Annual report on the working of the mental hospitals in the Madras Presidency - 1912-1932
Year: 1912
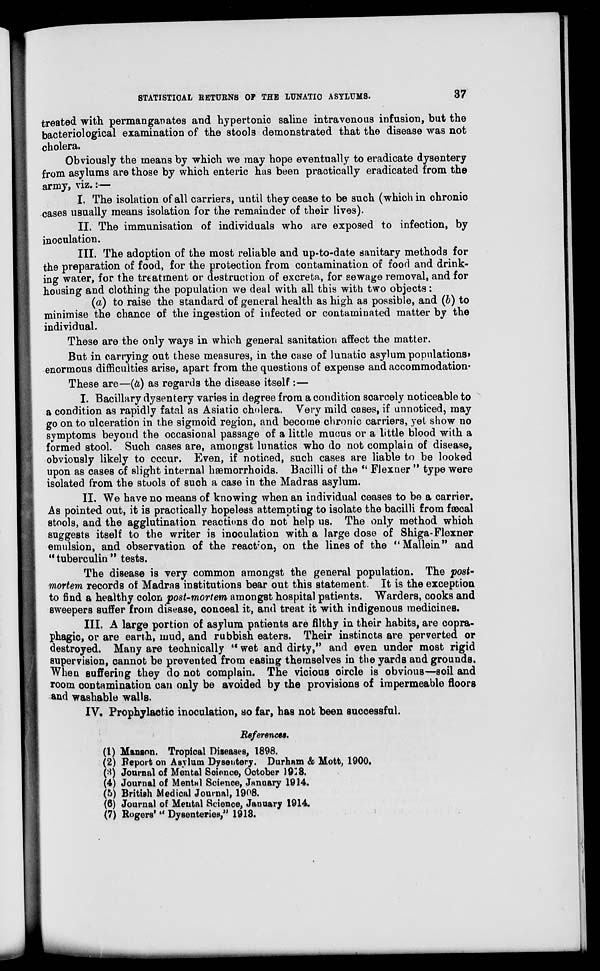
STATISTICAL RETURNS OF THE LUNATIC ASYLUMS.
37
treated with permanganates and hypertonic saline intravenous infusion, but the
bacteriological examination of the stools demonstrated that the disease was not
cholera.
Obviously the means by which we may hope eventually to eradicate dysentery
from asylums are those by which enteric has been practically eradicated from the
army, viz.:—
I. The isolation of all carriers, until they cease to be such (which in chronic
cases usually means isolation for the remainder of their lives).
II. The immunisation of individuals who are exposed to infection, by
inoculation.
III. The adoption of the most reliable and up-to-date sanitary methods for
the preparation of food, for the protection from contamination of food and drink-
ing water, for the treatment or destruction of excreta, for sewage removal, and for
housing and clothing the population we deal with all this with two objects:
(a) to raise the standard of general health as high as possible, and (b) to
minimise the chance of the ingestion of infected or contaminated matter by the
individual.
These are the only ways in which general sanitation affect the matter.
But in carrying out these measures, in the case of lunatic asylum populations,
enormous difficulties arise, apart from the questions of expense and accommodation.
These are—(a) as regards the disease itself :—
I. Bacillary dysentery varies in degree from a condition scarcely noticeable to
a condition as rapidly fatal as Asiatic cholera. Very mild cases, if unnoticed, may
go on to ulceration in the sigmoid region, and become chronic carriers, yet show no
symptoms beyond the occasional passage of a little mucus or a little blood with a
formed stool. Such cases are, amongst lunatics who do not complain of disease,
obviously likely to occur. Even, if noticed, such cases are liable to be looked
upon as cases of slight internal hæmorrhoids. Bacilli of the " Flexner " type were
isolated from the stools of such a case in the Madras asylum.
II. We have no means of knowing when an individual ceases to be a carrier.
As pointed out, it is practically hopeless attempting to isolate the bacilli from fæcal
stools, and the agglutination reactions do not help us. The only method which
suggests itself to the writer is inoculation with a large dose of Shiga-Flexner
emulsion, and observation of the reaction, on the lines of the "Mallein" and
"tuberculin" tests.
The disease is very common amongst the general population. The post-
mortem records of Madras institutions bear out this statement. It is the exception
to find a healthy colon post-mortem amongst hospital patients. Warders, cooks and
sweepers suffer from disease, conceal it, and treat it with indigenous medicines.
III. A large portion of asylum patients are filthy in their habits, are copra-
phagic, or are earth, mud, and rubbish eaters. Their instincts are perverted or
destroyed. Many are technically " wet and dirty," and even under most rigid
supervision, cannot be prevented from easing themselves in the yards and grounds.
When suffering they do not complain. The vicious circle is obvious—soil and
room contamination can only be avoided by the provisions of impermeable floors
and washable walls.
IV. Prophylactic inoculation, so far, has not been successful.
References.
(1) Manson. Tropical Diseases, 1898.
(2) Report on Asylum Dysentery. Durham & Mott, 1900.
(3) Journal of Mental Science, October 1913.
(4) Journal of Mental Science, January 1914.
(5) British Medical Journal, 1908.
(6) Journal of Mental Science, January 1914.
(7) Rogers' " Dysenteries," 1913.